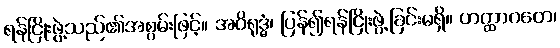
ရန်ငြိုးဖွဲ့သည်၏အစွမ်းဖြင့်။ အဝိရုဒ္ဓံ၊ ပြန်၍ရန်ငြိုးဖွဲ့ခြင်းမရှိ။ ဟတ္ထာဂတေ၊